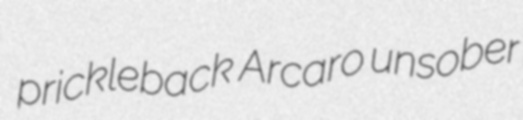
prickleback Arcaro unsober